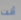
أنت